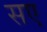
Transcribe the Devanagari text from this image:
सए